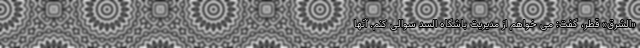
«الشرق» قطر، گفت: می خواهم از مدیریت باشگاه السد سوالی کنم. آنها